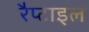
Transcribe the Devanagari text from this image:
रैप्टाइल